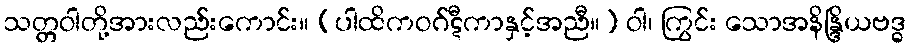
သတ္တဝါတို့အားလည်းကောင်း။ (ပါထိကဝဂ်ဋီကာနှင့်အညီ။) ဝါ၊ ကြွင်း သောအနိန္ဒြိယဗဒ္ဓ